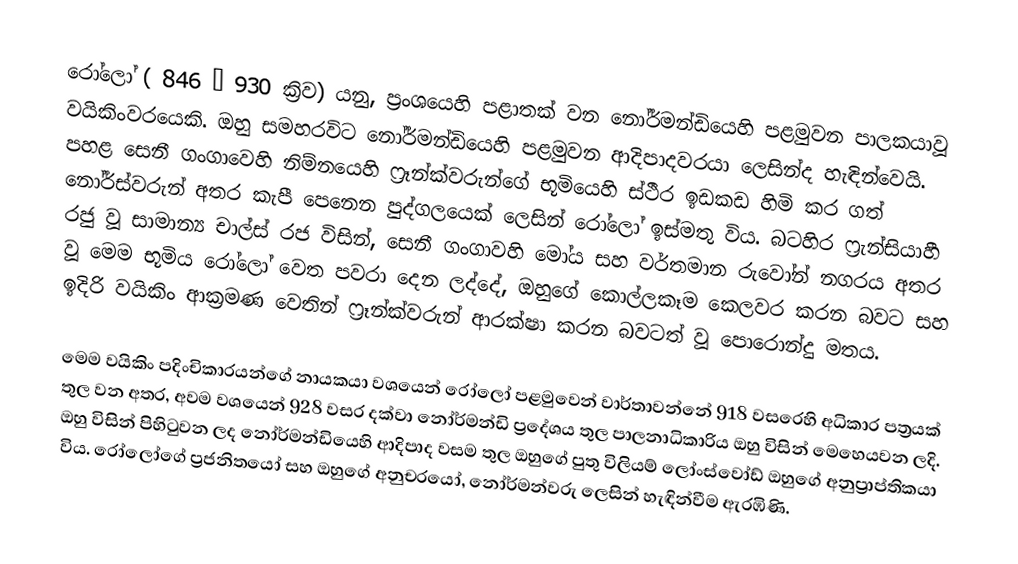
රෝලෝ ( 846 –  930 ක්‍රිව) යනු,  ප්‍රංශයෙහි පළාතක් වන නෝර්මන්ඩියෙහි පළමුවන පාලකයාවූ  වයිකිංවරයෙකි. ඔහු සමහරවිට නෝර්මන්ඩියෙහි පළමුවන ආදිපාදවරයා ලෙසින්ද හැඳින්වෙයි. පහළ සෙනී ගංගාවෙහි නිම්නයෙහි ෆ්‍රෑන්ක්වරුන්ගේ භූමියෙහි ස්ථීර ඉඩකඩ හිමි කර ගත් නෝර්ස්වරුන් අතර කැපී පෙනෙන පුද්ගලයෙක් ලෙසින් රෝලෝ  ඉස්මතු විය. බටහිර ෆ්‍රැන්සියාහී රජු වූ සාමාන්‍ය චාල්ස් රජ විසින්, සෙනී ගංගාවහි මෝය සහ වර්තමාන  රුවෝන් නගරය අතර වූ මෙම භූමිය රෝලෝ වෙත පවරා දෙන ලද්දේ, ඔහුගේ කොල්ලකෑම කෙලවර කරන බවට සහ ඉදිරි වයිකිං ආක්‍රමණ වෙතින් ෆ්‍රෑන්ක්වරුන් ආරක්ෂා කරන බවටත් වූ පොරොන්දු මතය.

මෙම වයිකිං පදිංචිකාරයන්ගේ නායකයා වශයෙන් රෝලෝ පළමුවෙන් වාර්තාවන්නේ 918 වසරෙහි අධිකාර පත්‍රයක් තුල වන අතර, අවම වශයෙන් 928 වසර දක්වා නෝර්මන්ඩි ප්‍රදේශය තුල පාලනාධිකාරිය ඔහු විසින් මෙහෙයවන ලදි. ඔහු විසින් පිහිටුවන ලද  නෝර්මන්ඩියෙහි ආදිපාද වසම තුල ඔහුගේ පුතු  විලියම් ලෝංස්වෝඩ් ඔහුගේ අනුප්‍රාප්තිකයා විය. රෝලෝගේ ප්‍රජනිතයෝ සහ ඔහුගේ අනුචරයෝ,  නෝර්මන්වරු ලෙසින් හැඳින්වීම ඇරඹිණි.